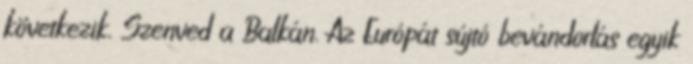
következik. Szenved a Balkán. Az Európát sújtó bevándorlás egyik